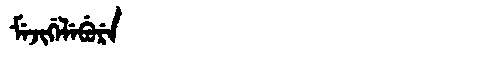
Manchu: ᠮᡝᠵᡳᡤᡝᠯᡝᠪᡠᡵᡝ
Romanization: MEJIGELEBURE